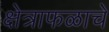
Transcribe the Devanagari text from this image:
क्षेत्राफळाचे